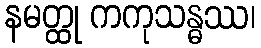
နမတ္ထု ကကုသန္ဓဿ၊